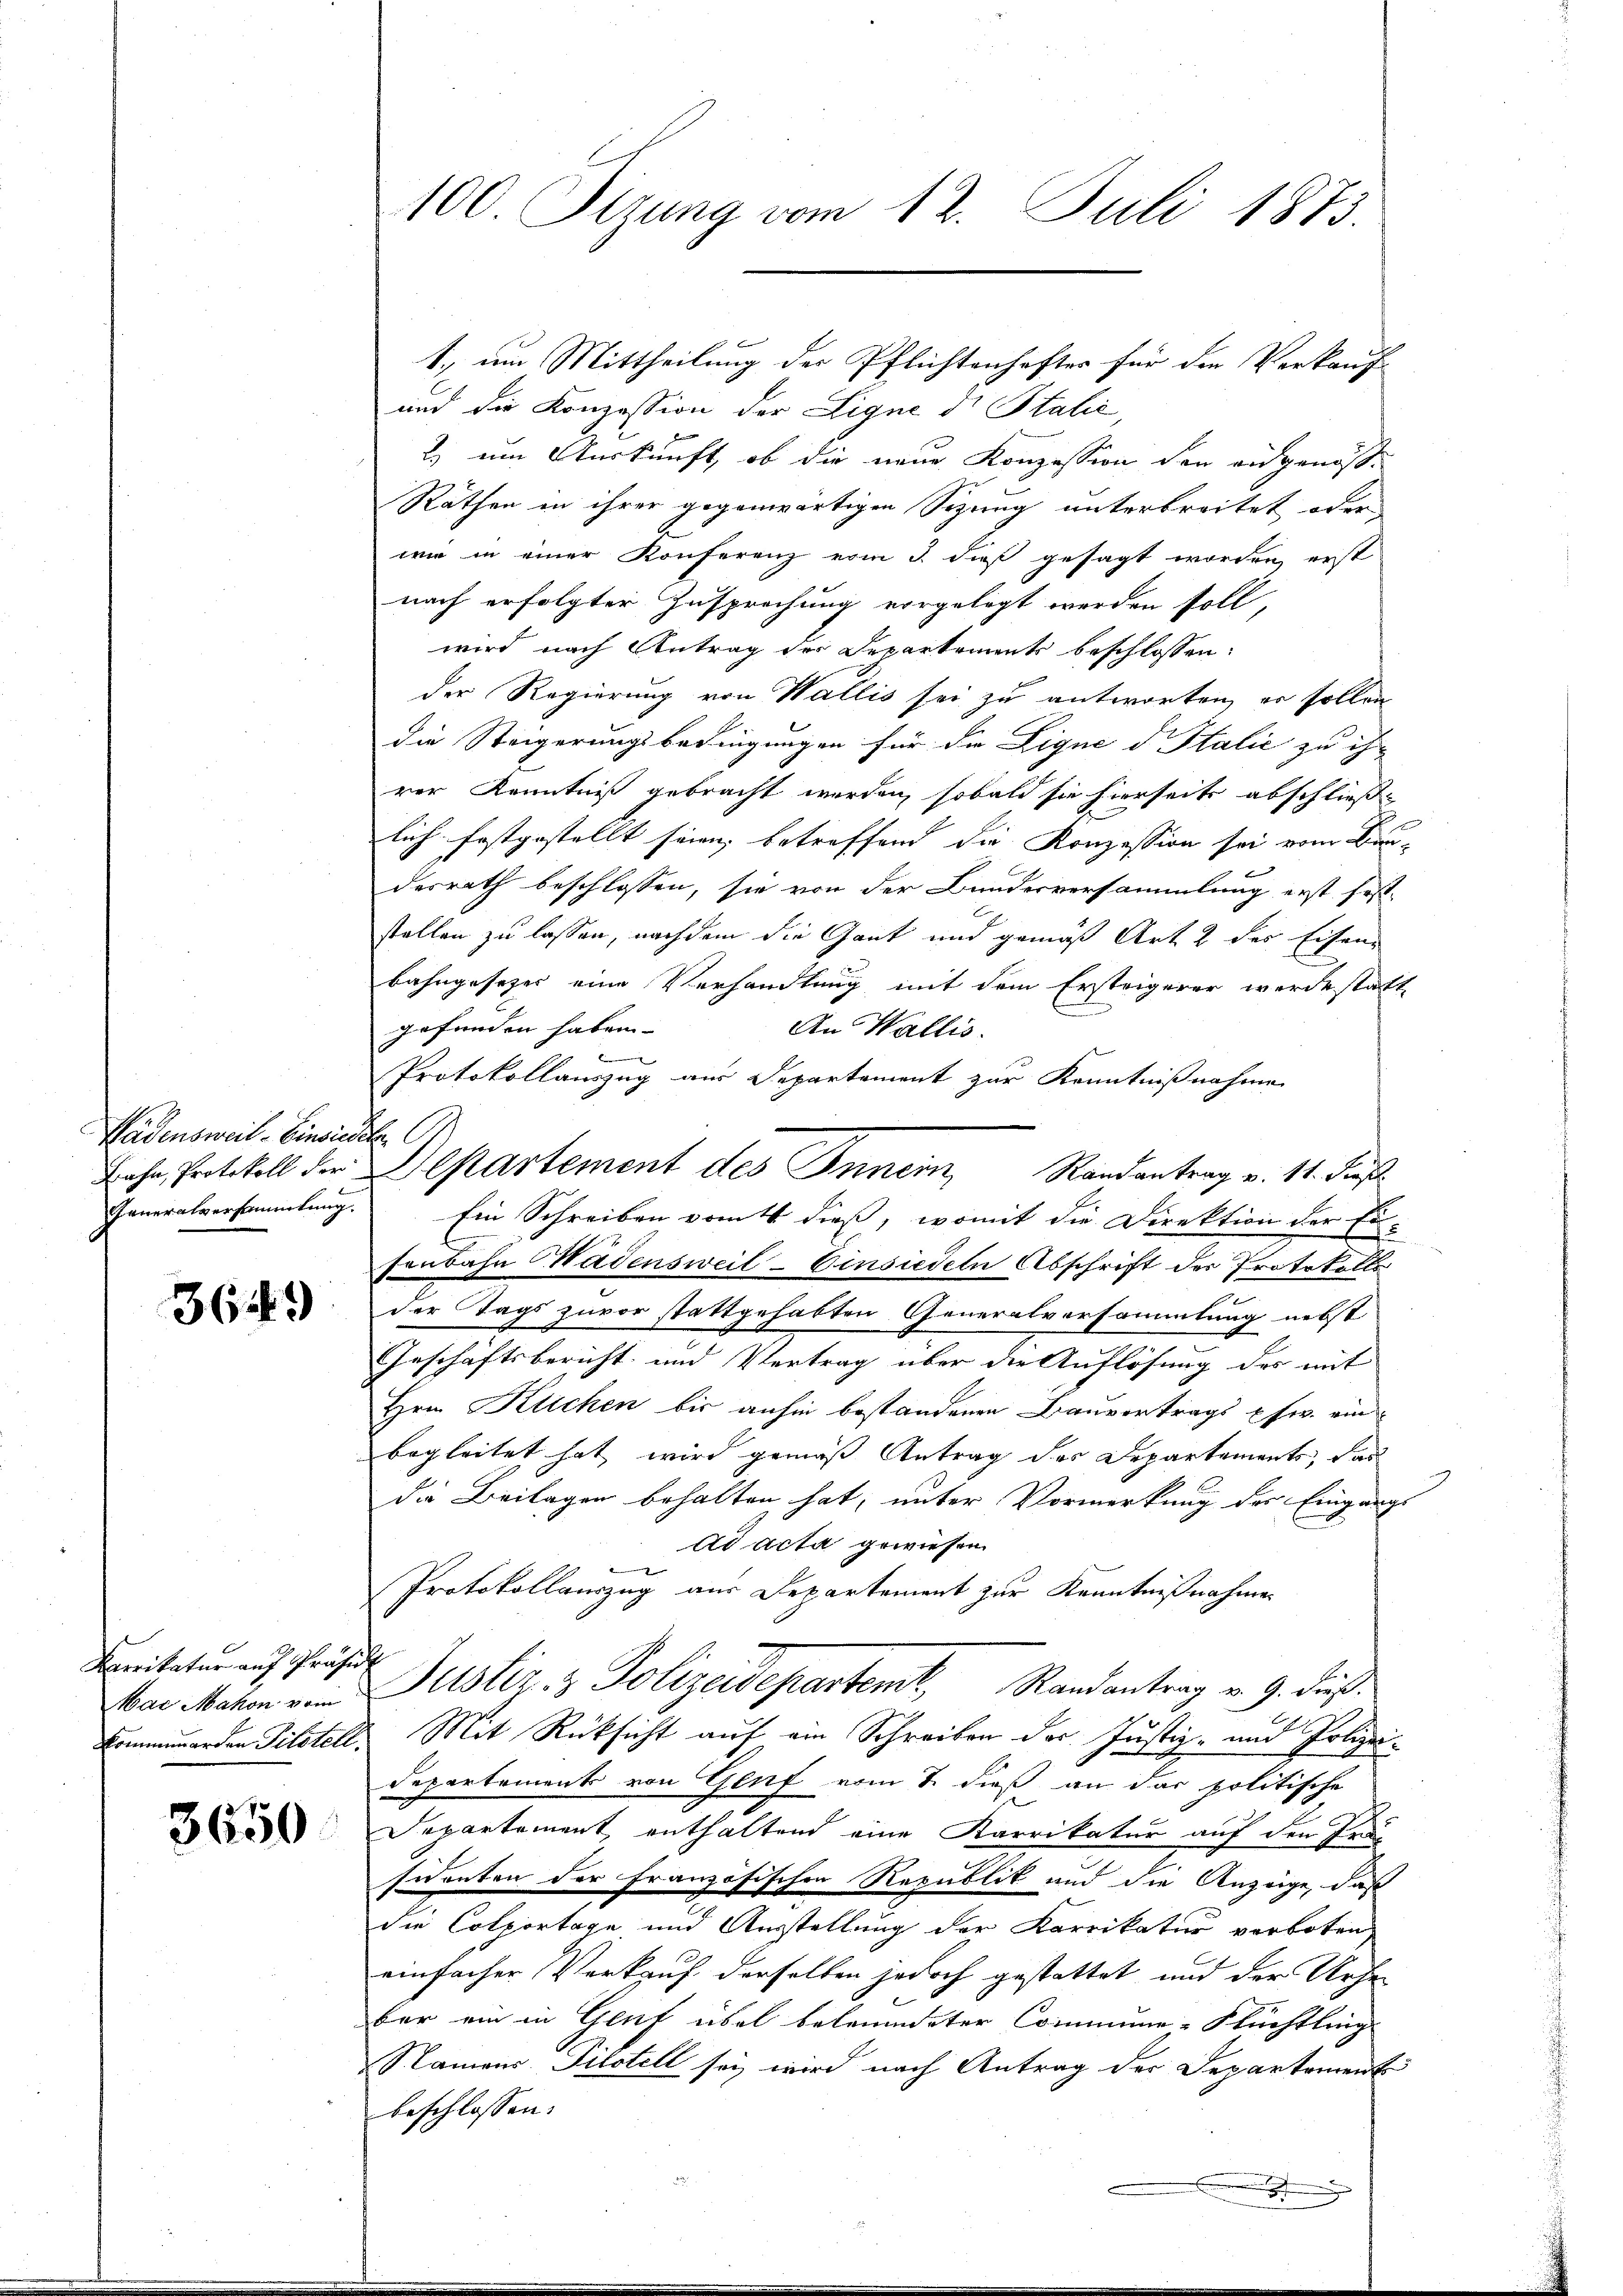
Wädensweil–Einsieder
Generalversammlung.

364)

Barrikatur auf Präsid
Mar Makon vom

3650

100. Sizung vom 12. Juli 1873.

und die Konzession der Ligne d. Stalić,
2 um Auskunft, ob die neue Konzession den ausgenöß¬
Räthen in ihrer gegenwärtigen Sizung unterbreitet oder
wie in einer Konferenz vom 3. dieß gesagt worden, erst
nach erfolgter Zusprechung vorgelegt werden soll,
wird nach Antrag der Departements beschlossen:
der Regierung von Wallis sei zu antworten, er sollen
die Steigerungsbedingungen für die Lique d Italić zu ihr
rer Kenntniß gebracht werden, sobald sie hierseits abschließ
lich festgestellt seien, betreffend die Konzession sei vom Bau-
desrath beschlossen, sie von der Bundesversammlung erst fest-
stellen zu lassen, nachdem die Gant und gemäß Art. 2 des Eisenbahngesetzer eine Verhandlung mit dem Ersteigerer werde statt
gefunden haben.
An Wallis.
Protokollauszug aus Departement zur Kenntnißnahme
Ein Schreiben vom 4 dieß, womit die Direktion der Ei-
senbahn Wädensweil–Einsiedeln Abschrift der Protokolls
der Tags zuvor stattgehabten Generalversammlung nebst
Geschäftsbericht und Vertrag über die Auflösung des mit
Hrn Klichen bis anhin bestandenen Bauvertrags usw. ein
begleitet hat, wird gemäß Antrag der Departements, das
die Beilagen behalten hat, unter Vormerkung der Eingangs
ad acta gewiesen.
Protokollauszug aus Departement zur Kenntnißnahmen
Justiz- & Polizeidepartemt, Randantrag v. 9. dieß.
kommemorden Titstell. Mit Rücksicht auf ein Schreiben der Justiz- und Polizei¬
Departement von Genf vom 7. dieß an das politische
Departement enthaltend eine Karrikatur auf den Jen
sidenten der Französischen Republik und die Anzeige, daß
die Colportage und Ausstellung der Karrikatur verboten,
einfacher Verkauf derselben jedoch gestattet und der Urhe
ber ein in Genf übel beleumdeter Commune-Flüchtling
Namens. Pilstell sei wird nach Antrag der Departement
beschlossen:
.

Jahn, Protokoll der Departement des Innern Randantrag v. 11. Fuß.

1., um Mittheilung der Pflichtenhafter für die Verkauf

.